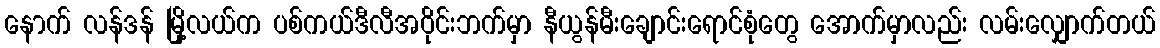
နောက် လန်ဒန် မြို့လယ်က ပစ်ကယ်ဒီလီအဝိုင်းဘက်မှာ နီယွန်မီးချောင်းရောင်စုံတွေ အောက်မှာလည်း လမ်းလျှောက်တယ်